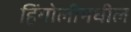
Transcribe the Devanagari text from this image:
हिंगोलीमधील